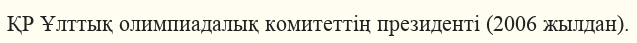
ҚР Ұлттық олимпиадалық комитеттің президенті (2006 жылдан).